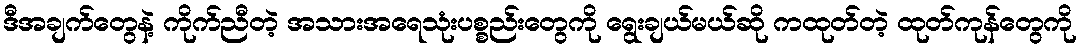
ဒီအချက်တွေနဲ့ ကိုက်ညီတဲ့ အသားအရေသုံးပစ္စည်းတွေကို ရွေးချယ်မယ်ဆို ကထုတ်တဲ့ ထုတ်ကုန်တွေကို